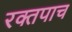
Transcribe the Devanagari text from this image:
रक्तपाच